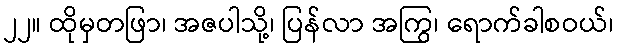
၂၂။ ထိုမှတဖြာ၊ အဇပါသို့၊ ပြန်လာ အကြွ၊ ရောက်ခါစဝယ်၊